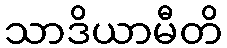
သာဒိယာမီတိ